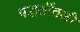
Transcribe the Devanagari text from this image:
पद्धतींतली